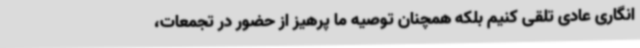
انگاری عادی تلقی کنیم بلکه همچنان توصیه ما پرهیز از حضور در تجمعات،